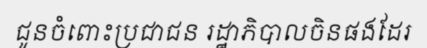
ជូនចំពោះប្រជាជន រដ្ឋាភិបាលចិនផងដែរ